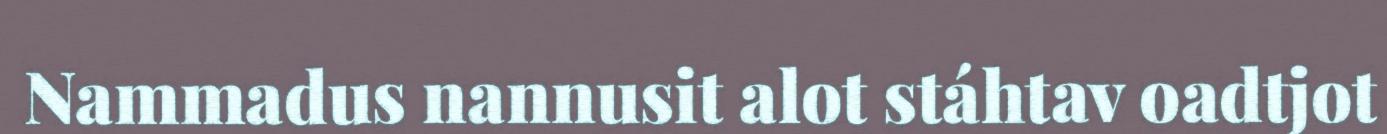
Nammadus nannusit alot stáhtav oadtjot